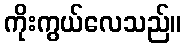
ကိုးကွယ်လေသည်။